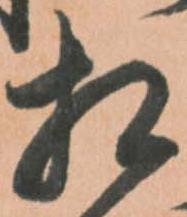
相